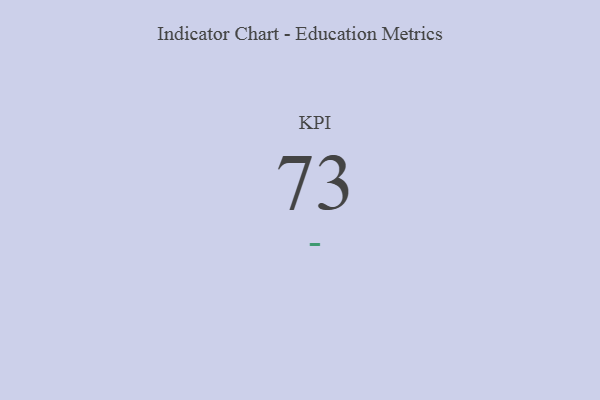
{"axis": {"x": "KPI", "y": "Value"}, "legend": [""], "data": [{"x": "KPI", "y": 73, "type": ""}]}